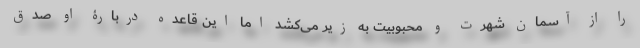
را از آسمان شهرت و محبوبیت به زیر می‌کشد اما این قاعده دربارۀ او صدق